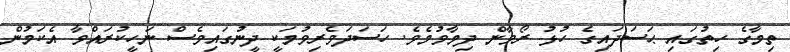
ތިމާގެ ހިތުގައި ޙަސަދައިގެ ހުޅު ރޯވާން ދިމާވުމެވެ. ހަސަދަވެރިވުމަކީ ދީނުގައިވެސް ނަހީކުރައްވާ އެކަމުން